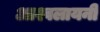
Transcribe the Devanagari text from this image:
आश्वलायनी